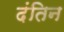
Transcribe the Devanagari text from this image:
दंतिन